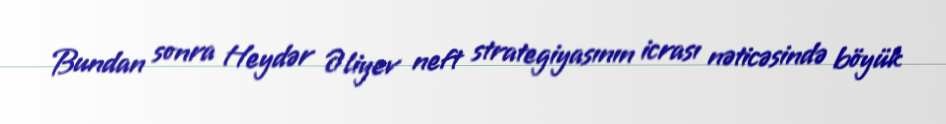
Bundan sonra Heydər Əliyev neft strategiyasının icrası nəticəsində böyük